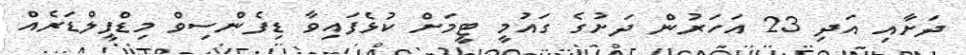
ދަށާއި އަދި 23 އަހަރުން ދަށުގެ ގައުމީ ޓީމަށް ކުޅެފައިވާ ޑިފެންސިވް މިޑްފީލްޑަރެއް